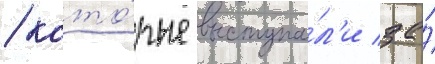
/ кото́рые выступа́л'и за́